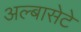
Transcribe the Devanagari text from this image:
अल्बासेटे